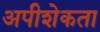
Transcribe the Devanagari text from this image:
अपीशेकता